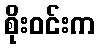
စိုးဝင်းက